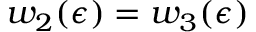
w _ { 2 } ( \epsilon ) = w _ { 3 } ( \epsilon )